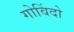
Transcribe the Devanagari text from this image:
गोविंदो